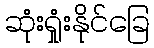
ဆုံးရှုံးနိုင်ခြေ